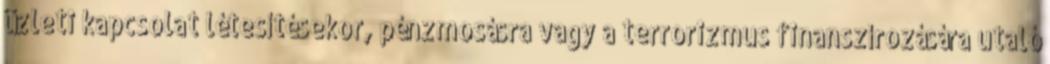
üzleti kapcsolat létesítésekor, pénzmosásra vagy a terrorizmus finanszírozására utaló